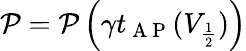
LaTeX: \mathcal{P}=\mathcal{P}\left(\gamma t_{\mathrm{~A~P~}}(V_{\frac{1}{2}})\right)